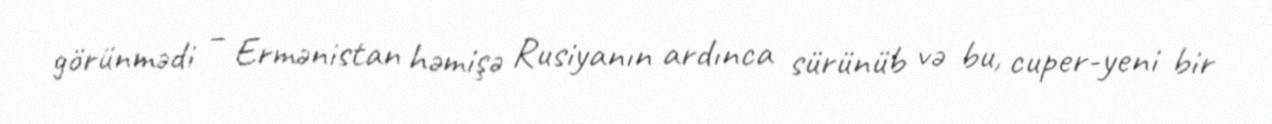
görünmədi – Ermənistan həmişə Rusiyanın ardınca sürünüb və bu, cuper-yeni bir